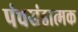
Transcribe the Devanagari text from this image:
पंचखंडात्मक